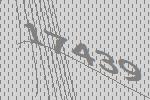
17439